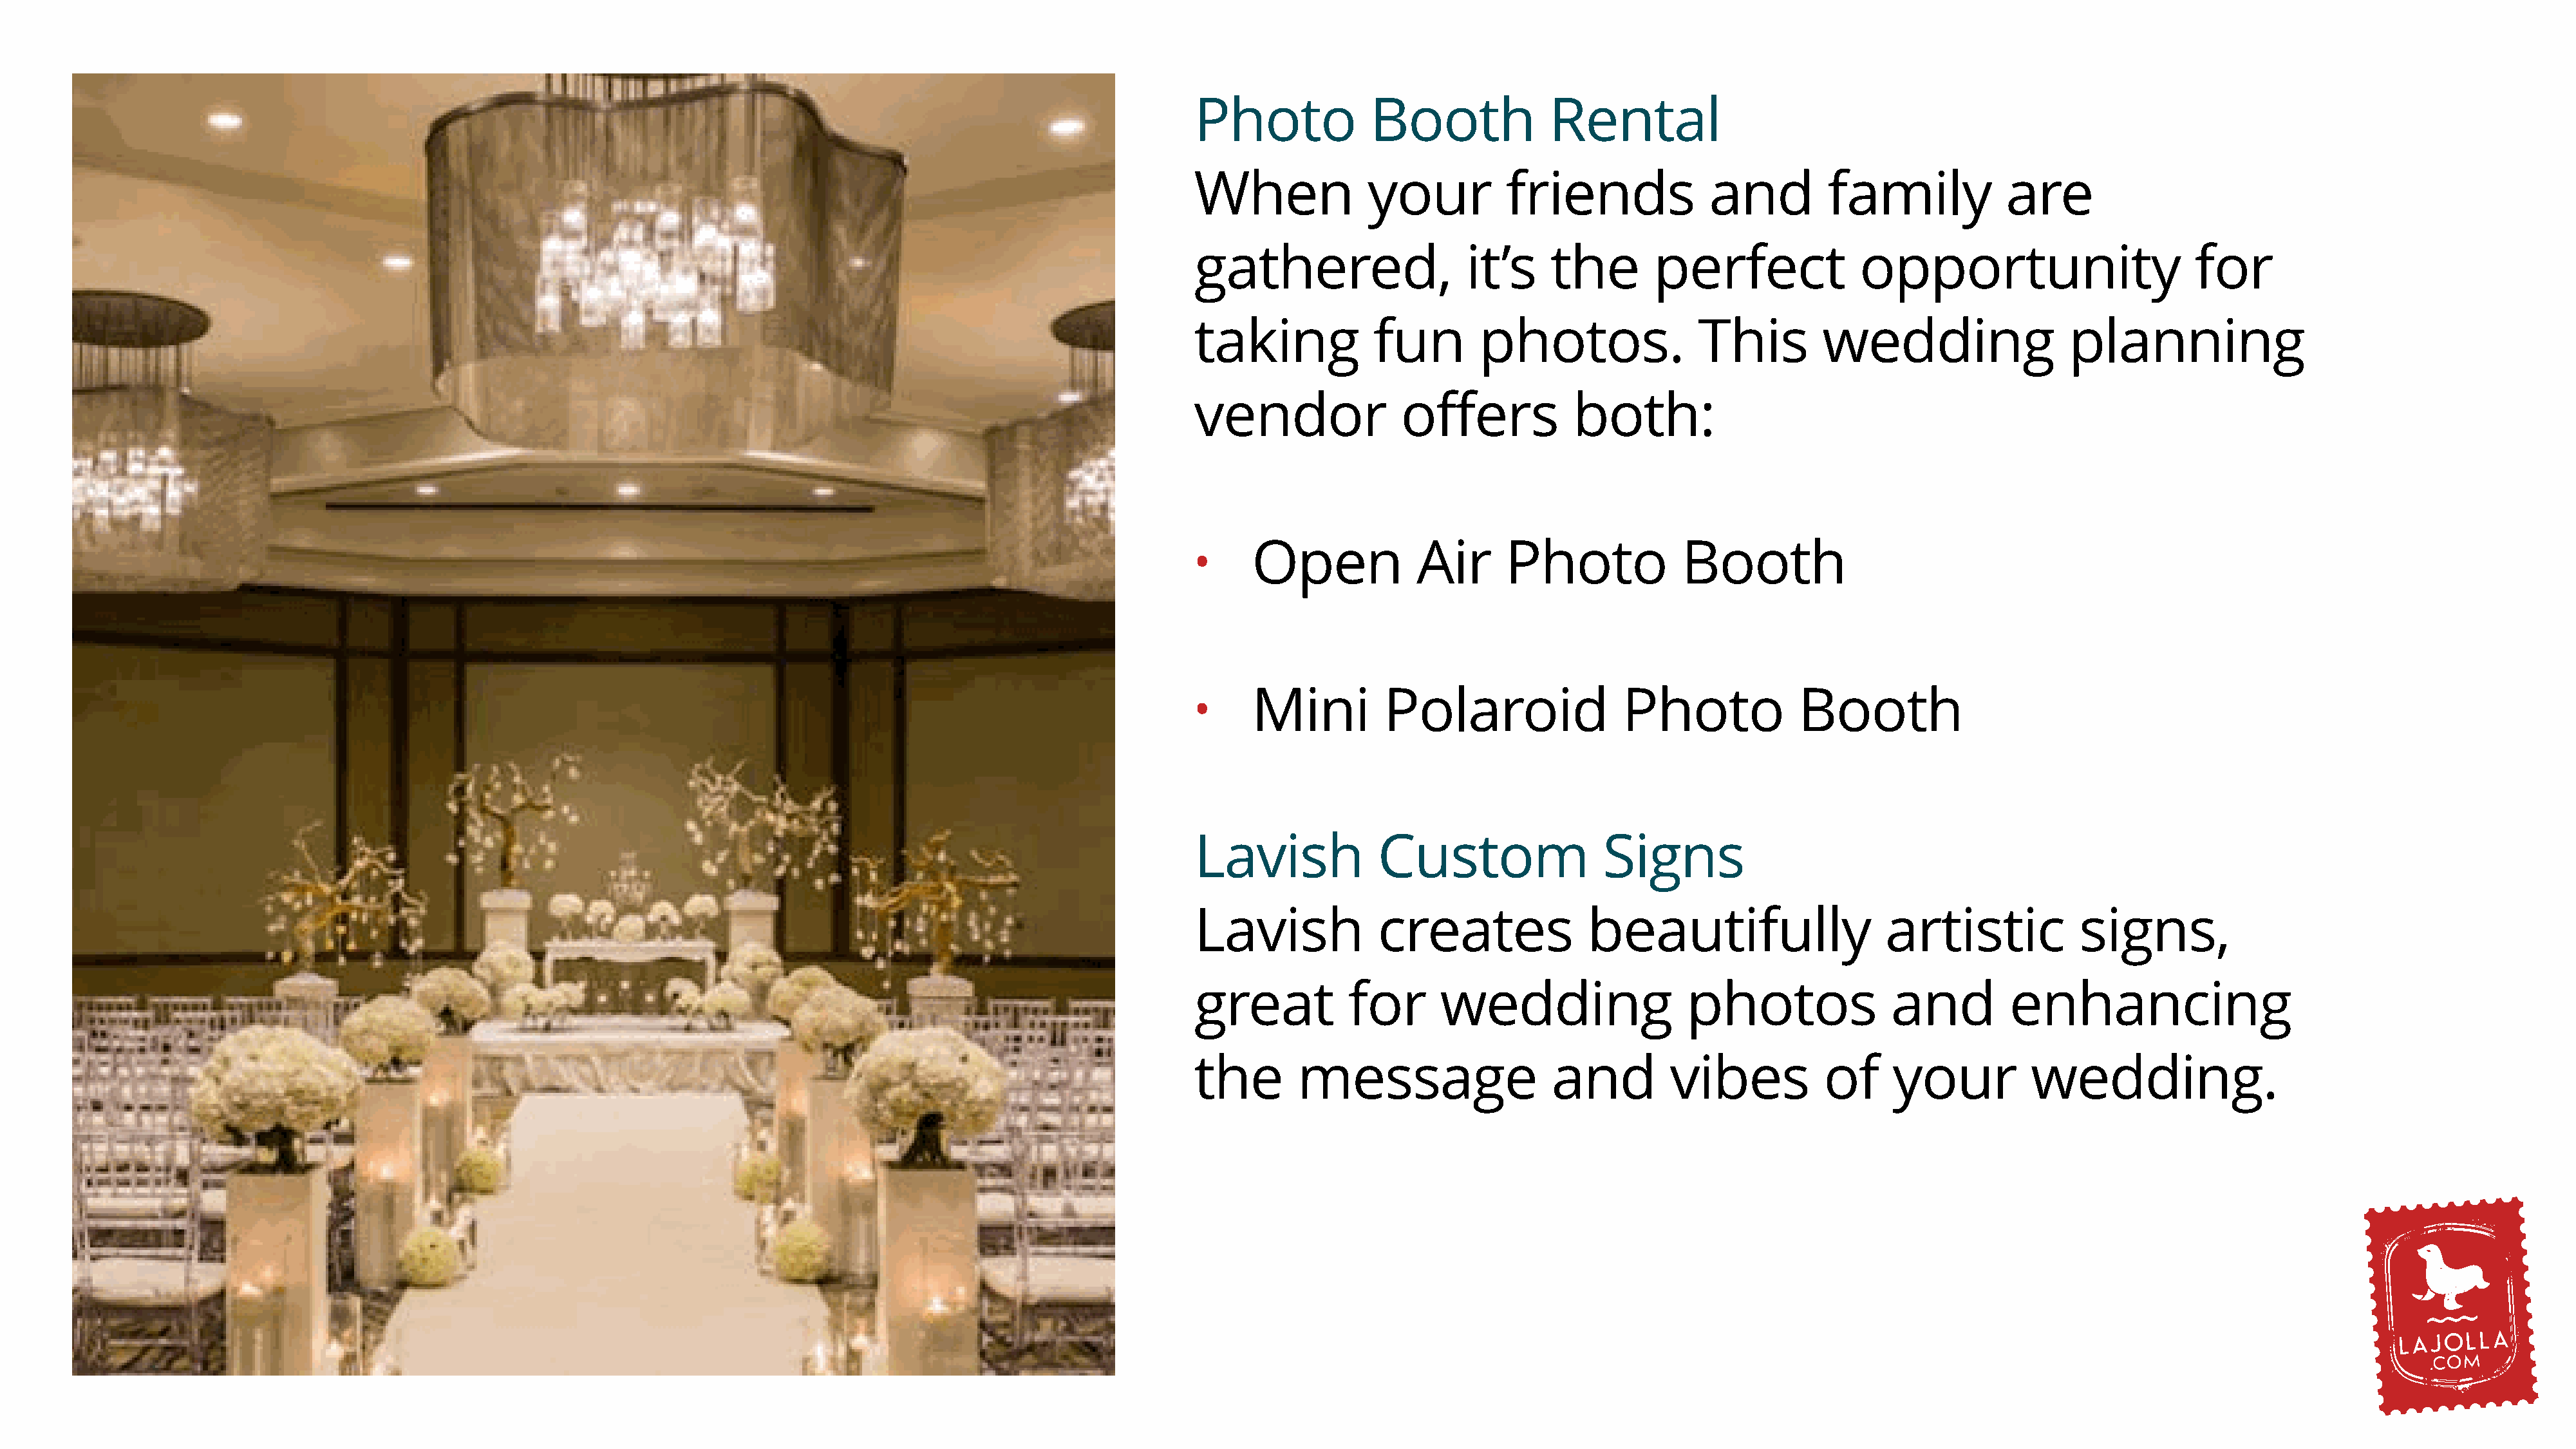
Photo             Booth             Rental
 When              your          friends              and         family            are
 gathered,                   it’s    the        perfect              opportunity                        for
 taking            fun        photos.                This        wedding                   planning
 vendor               offers            both:
 Open             Air      Photo             Booth
 •
 Mini         Polaroid                 Photo             Booth
 •
 Lavish             Custom                 Signs
 Lavish             creates              beautifully                    artistic            signs,
 great           for      wedding                  photos               and          enhancing
 the       message                   and          vibes          of      your          wedding.